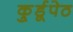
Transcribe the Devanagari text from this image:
कु्र्डूपेठ